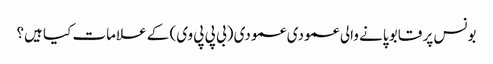
بونس پر قابو پانے والی عمودی عمودی (بی پی پی وی) کے علامات کیا ہیں؟